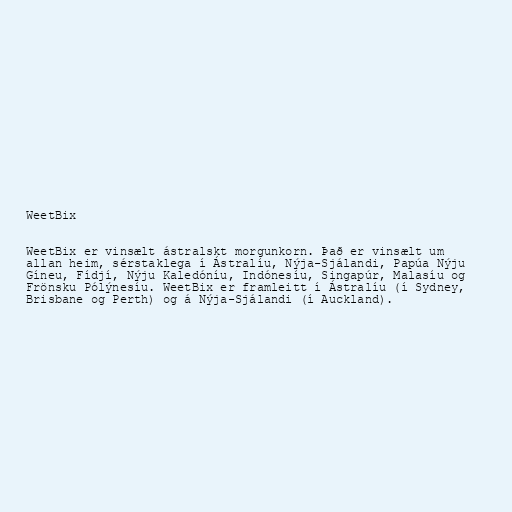
WeetBix

WeetBix er vinsælt ástralskt morgunkorn. Það er vinsælt um
allan heim, sérstaklega í Ástralíu, Nýja-Sjálandi, Papúa Nýju
Gíneu, Fídjí, Nýju Kaledóníu, Indónesíu, Singapúr, Malasíu og
Frönsku Pólýnesíu. WeetBix er framleitt í Ástralíu (í Sydney,
Brisbane og Perth) og á Nýja-Sjálandi (í Auckland).